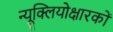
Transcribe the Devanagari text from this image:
न्यूक्लियोक्षारकों